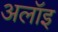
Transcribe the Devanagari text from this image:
अलॉइ